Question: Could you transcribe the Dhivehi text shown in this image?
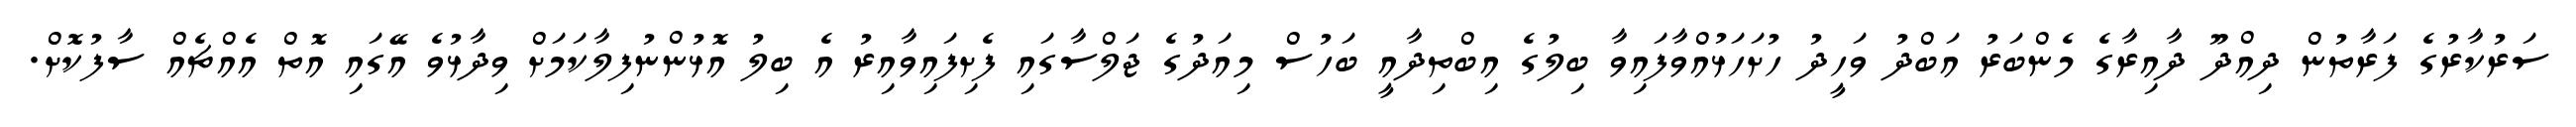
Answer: ސަރުކާރުގެ ފަރާތުން ދިއްދޫ ދާއިރާގެ މެންބަރު އަބްދު ވަހީދު ހުށަހަޅުއްވާފައިވާ ބިލުގެ އިބްތިދާއީ ބަހުސް މިއަދުގެ ޖަލްސާގައި ފެށިފައިވާއިރު އެ ބިލު އޮޅުންނުފިލާކަމަށް ވިދާޅުވެ އޭގައި އޮތް އެއްޗެއް ސާފުކޮށް.